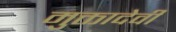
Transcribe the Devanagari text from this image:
मुक्तादेवी